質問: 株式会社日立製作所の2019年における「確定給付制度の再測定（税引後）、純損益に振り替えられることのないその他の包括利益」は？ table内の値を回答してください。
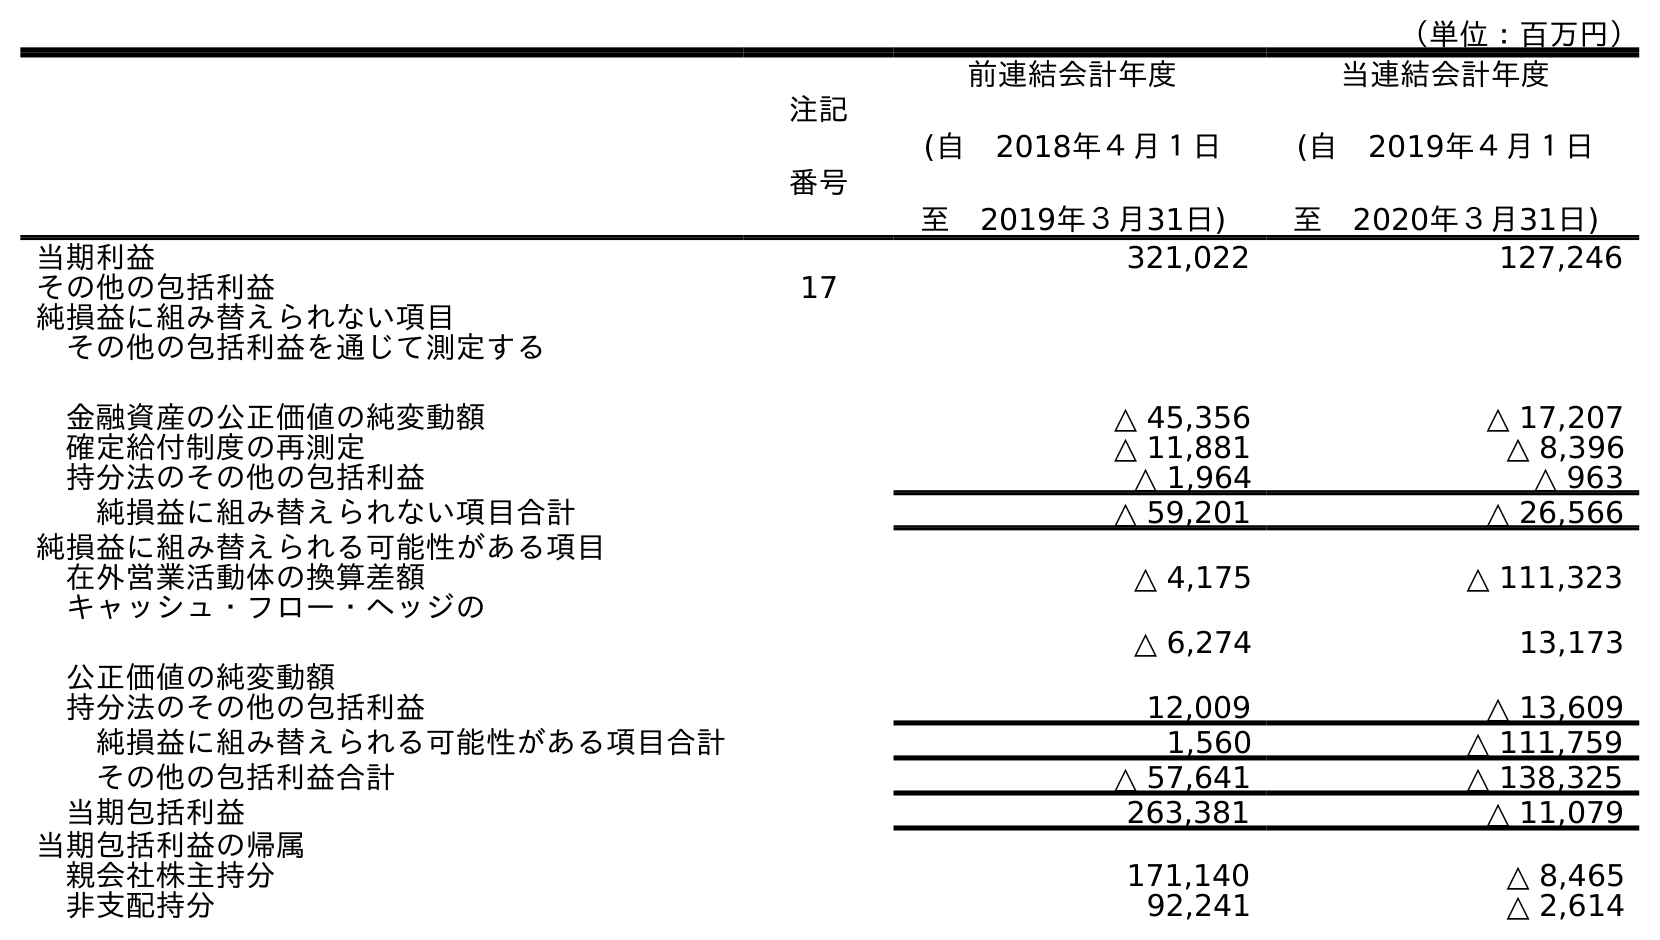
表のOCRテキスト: （単位：百万円） 注記 番号 前連結会計年度 (自 2018年４月１日 至 2019年３月31日) 当連結会計年度 (自 2019年４月１日 至 2020年３月31日) 当期利益 321,022 127,246 その他の包括利益 17 純損益に組み替えられない項目 その他の包括利益を通じて測定する 金融資産の公正価値の純変動額 △ 45,356 △ 17,207 確定給付制度の再測定 △ 11,881 △ 8,396 持分法のその他の包括利益 △ 1,964 △ 963 純損益に組み替えられない項目合計 △ 59,201 △ 26,566 純損益に組み替えられる可能性がある項目 在外営業活動体の換算差額 △ 4,175 △ 111,323 キャッシュ・フロー・ヘッジの 公正価値の純変動額 △ 6,274 13,173 持分法のその他の包括利益 12,009 △ 13,609 純損益に組み替えられる可能性がある項目合計 1,560 △ 111,759 その他の包括利益合計 △ 57,641 △ 138,325 当期包括利益 263,381 △ 11,079 当期包括利益の帰属 親会社株主持分 171,140 △ 8,465 非支配持分 92,241 △ 2,614
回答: △11,881